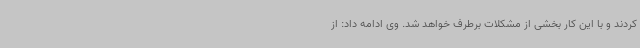
کردند و با این کار بخشی از مشکلات برطرف خواهد شد. وی ادامه داد: از